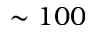
\sim 1 0 0